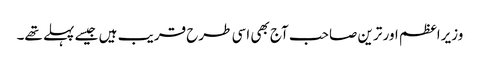
وزیراعظم اور ترین صاحب آج بھی اسی طرح قریب ہیں جیسے پہلے تھے۔